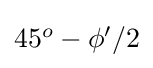
{\textstyle 45^{o}-\phi '/2}